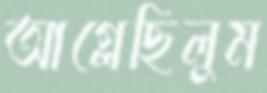
আগ্‌লেছিলুম